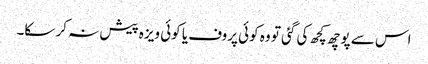
اس سے پوچھ کچھ کی گئی تو وہ کوئی پروف یا کوئی ویزہ پیش نہ کر سکا۔